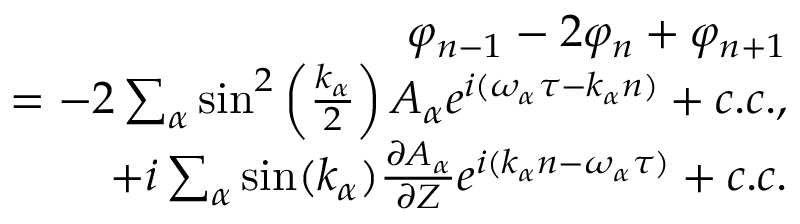
\begin{array} { r } { \varphi _ { n - 1 } - 2 \varphi _ { n } + \varphi _ { n + 1 } } \\ { = - 2 \sum _ { \alpha } \sin ^ { 2 } \left( \frac { k _ { \alpha } } { 2 } \right) A _ { \alpha } e ^ { i ( \omega _ { \alpha } \tau - k _ { \alpha } n ) } + c . c . , } \\ { + i \sum _ { \alpha } \sin ( k _ { \alpha } ) \frac { \partial A _ { \alpha } } { \partial Z } e ^ { i ( k _ { \alpha } n - \omega _ { \alpha } \tau ) } + c . c . } \end{array}